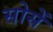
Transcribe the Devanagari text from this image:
सोसें